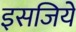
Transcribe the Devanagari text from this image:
इसजिये